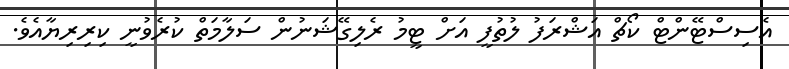
އެސިސްޓޭންޓް ކޯޗް އަޝްރަފު ލުތުފީ އަށް ޓީމު ރެލިގޭޝަނުން ސަލާމަތް ކުރެވުނީ ކިރިރިޔާއެވެ.